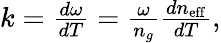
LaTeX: \begin{array}{r}{k=\frac{d\omega}{dT}=\frac{\omega}{n_{g}}\frac{dn_{\mathrm{eff}}}{dT},}\end{array}